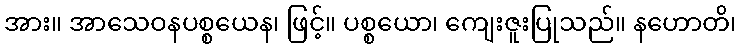
အား။ အာသေဝနပစ္စယေန၊ ဖြင့်။ ပစ္စယော၊ ကျေးဇူးပြုသည်။ နဟောတိ၊